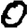
Digit: 0